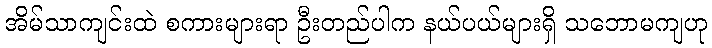
အိမ်သာကျင်းထဲ စကားများရာ ဦးတည်ပါက နယ်ပယ်များရှိ သဘောမကျဟု